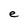
Character: e